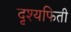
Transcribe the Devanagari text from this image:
दृश्यफिती